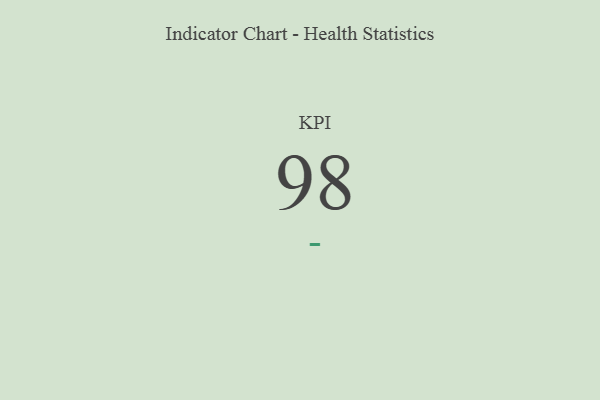
{"axis": {"x": "KPI", "y": "Value"}, "legend": [""], "data": [{"x": "KPI", "y": 98, "type": ""}]}